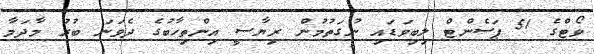
ވޯޓްގެ 51 ޕަސެންޓް ލިބިވަޑައި ނުގަތުމުން ރިޔާސީ އިންތިހާބުގެ ދެވަނަ ބުރު މާދަމާ